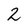
Character: 2